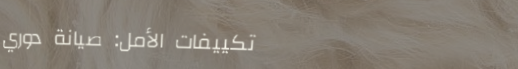
تكييفات الأمل: صيانة دوري